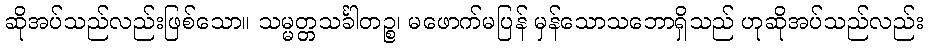
ဆိုအပ်သည်လည်းဖြစ်သော။ သမ္မတ္တသင်္ခါတဉ္စ၊ မဖောက်မပြန် မှန်သောသဘောရှိသည် ဟုဆိုအပ်သည်လည်း